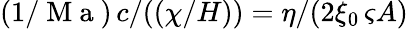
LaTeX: (1/\mathrm{~M~a~})\, c/((\chi/H))={\eta}/{(2\xi_{0}\, \varsigma A)}